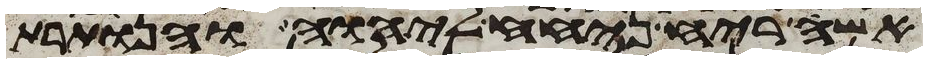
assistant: אשה ריח ניחח ליהוה והנותרת